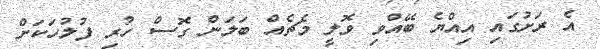
އެ ރަށުގައި އިއްޔެ ބޭއްވި ވޮލީ މެޗެއް ބަލަން ގޮސް ހުރި ފުލުހަކަށް